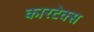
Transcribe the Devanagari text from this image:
कारटेक्स